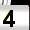
Digit: 4